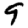
Digit: 9